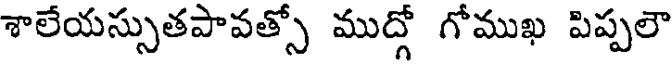
శాలేయస్సుతపావత్సో ముద్గో గోముఖ పిప్పలౌ